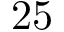
2 5